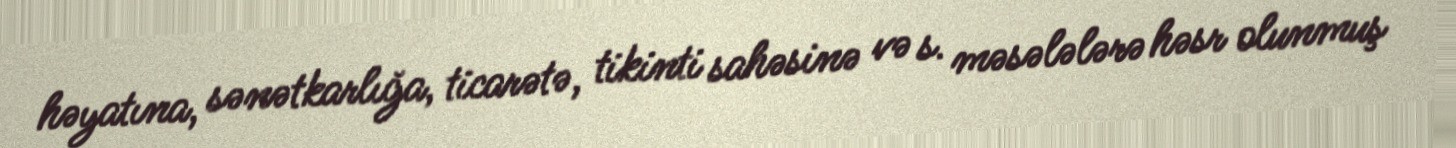
həyatına, sənətkarlığa, ticarətə, tikinti sahəsinə və s. məsələlərə həsr olunmuş